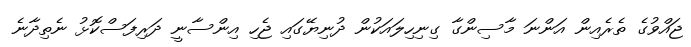
ޖައްވުގެ ތެރެއިން އަންނަ މާސިންގާ ގިނިހިލައަކުން ދުނިޔޭގައި ޖެހި އިންސާނީ ދަރިފަސްކޮޅު ނެތިދާނެ